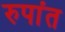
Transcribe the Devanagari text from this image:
रुपांत